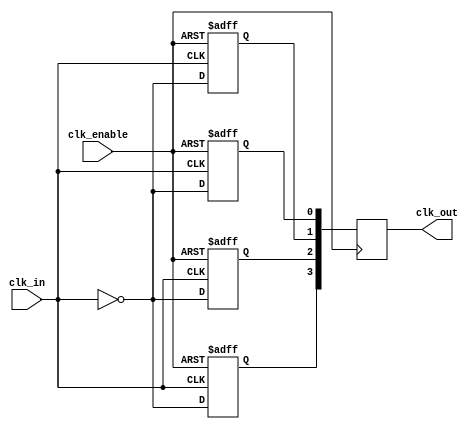
module Low_Power_Clock_Buffer #(
    parameter NUM_OUTPUTS = 4,       // Number of buffered outputs
    parameter WIDTH = 1,              // Width of the clock signal
    parameter PULSE_WIDTH = 5          // Width of the pulse for enabling the buffer (in clock cycles)
)(
    input wire clk_in,                // Input clock signal
    input wire clk_enable,            // Enable signal for the clock buffer
    output reg [NUM_OUTPUTS-1:0] clk_out // Buffered clock outputs
);

    // Internal signal for buffered clock
    wire clk_internal;
    reg [NUM_OUTPUTS-1:0] clk_buffer;
    
    // First stage buffering using simple inverters
    assign clk_internal = ~clk_in;

    // Buffering stages with pass gates and control mechanisms
    generate
        genvar i;
        for (i = 0; i < NUM_OUTPUTS; i = i + 1) begin : clk_buffer_stage
            always @(posedge clk_internal or negedge clk_enable) begin
                if (!clk_enable) begin
                    clk_buffer[i] <= 1'b0; // Power gating when not enabled
                end else begin
                    clk_buffer[i] <= clk_internal; // Buffer the clock signal
                end
            end
        end
    endgenerate

    // Propagate buffered clock to outputs
    always @(posedge clk_enable) begin
        clk_out <= clk_buffer; // Output assignment
    end

    // Optional hysteresis or series resistance can be controlled via parameters if needed

endmodule